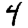
Digit: 4